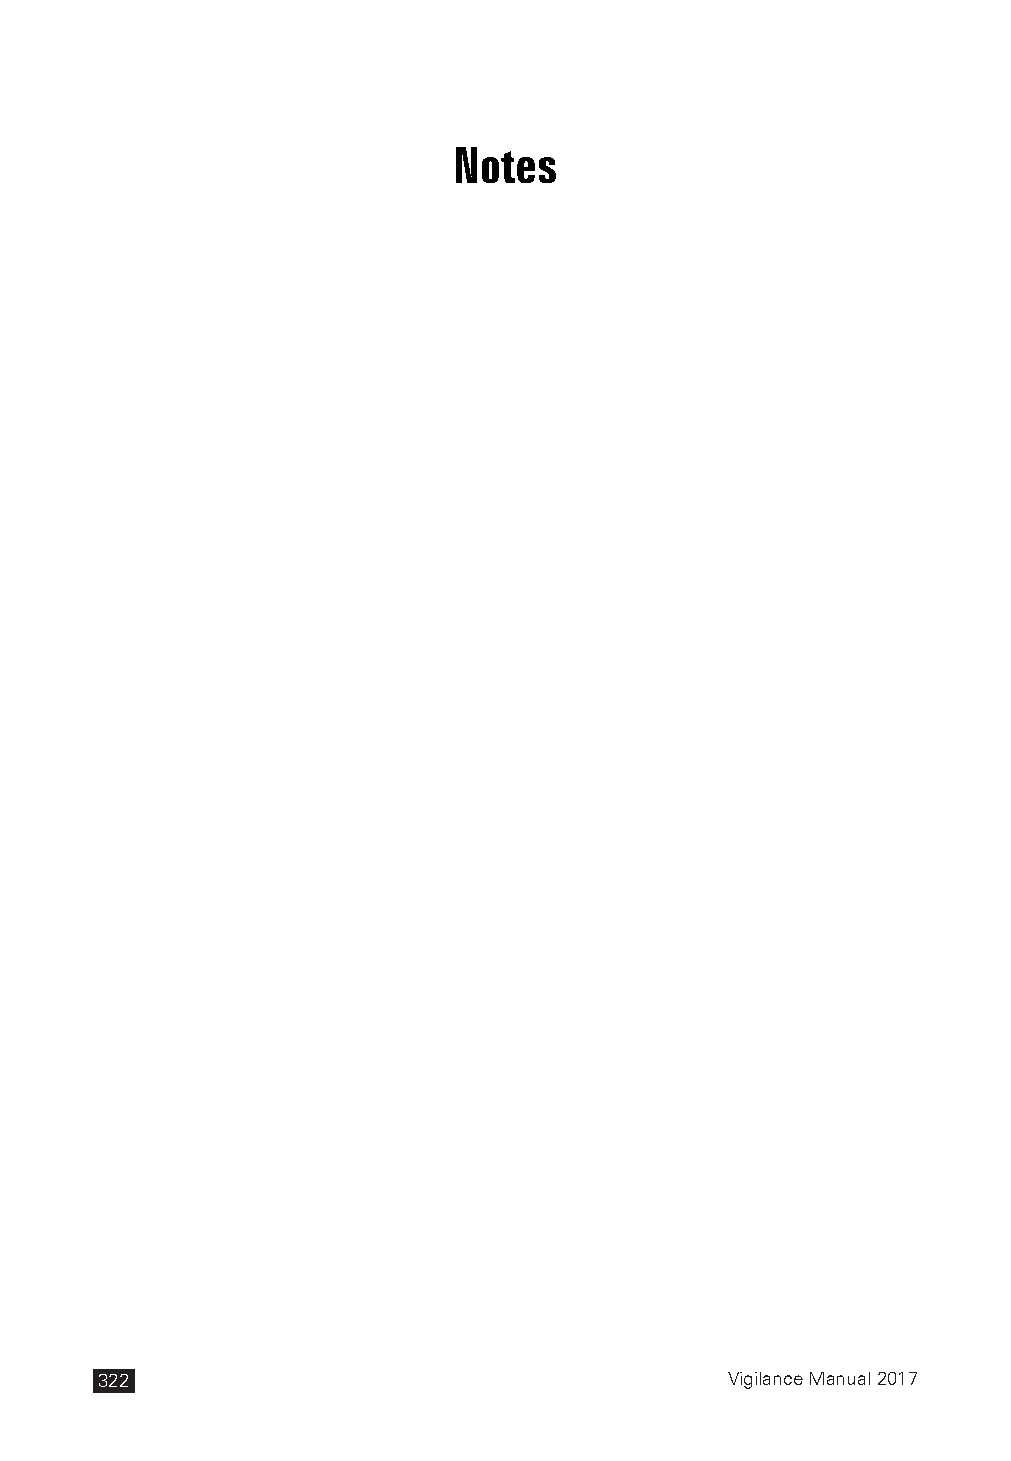
Notes
 322                                       Vigilance Manual 2017